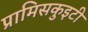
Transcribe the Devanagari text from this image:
प्रामिसकुइटी